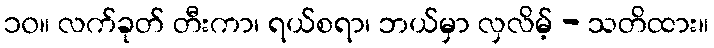
၁၀။ လက်ခုတ် တီးကာ၊ ရယ်စရာ၊ ဘယ်မှာ လှလိမ့် - သတိထား။